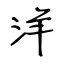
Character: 洋